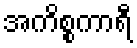
အကိစ္စကာရီ